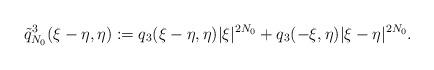
LaTeX: \begin{align*}\tilde{q}_{N_0}^3(\xi-\eta, \eta):= q_3(\xi-\eta, \eta)|\xi|^{2 N_0} + q_3(-\xi, \eta)|\xi-\eta|^{2 N_0}.\end{align*}